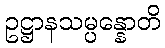
ဥဋ္ဌာနသမ္ပန္နောတိ